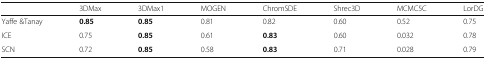
<table><thead><tr><td></td><td><b>3DMax</b></td><td><b>3DMax1</b></td><td><b>MOGEN</b></td><td><b>ChromSDE</b></td><td><b>Shrec3D</b></td><td><b>MCMC5C</b></td><td><b>LorDG</b></td></tr></thead><tbody><tr><td>Yaffe &amp;Tanay</td><td><b>0.85</b></td><td><b>0.85</b></td><td>0.81</td><td>0.82</td><td>0.60</td><td>0.52</td><td>0.75</td></tr><tr><td>ICE</td><td>0.75</td><td><b>0.85</b></td><td>0.61</td><td><b>0.83</b></td><td>0.60</td><td>0.032</td><td>0.78</td></tr><tr><td>SCN</td><td>0.72</td><td><b>0.85</b></td><td>0.58</td><td><b>0.83</b></td><td>0.71</td><td>0.028</td><td>0.79</td></tr></tbody></table>